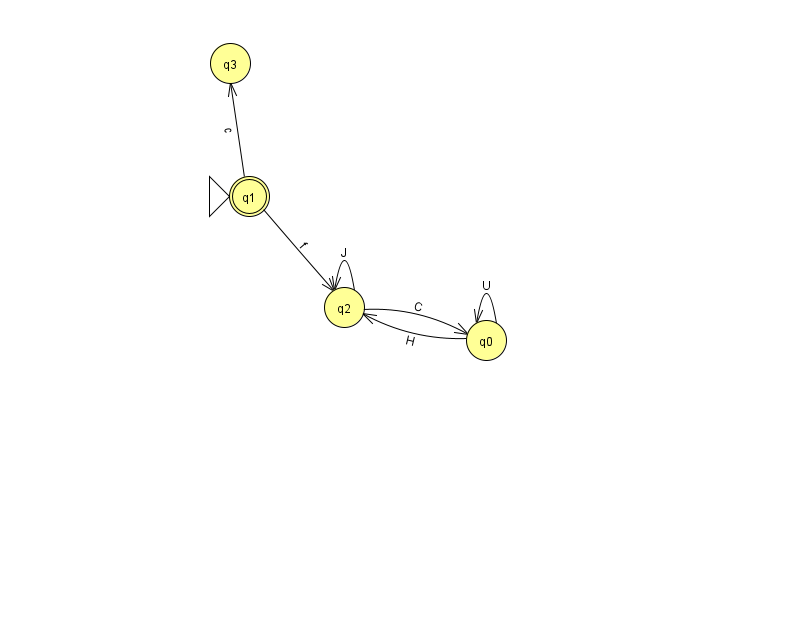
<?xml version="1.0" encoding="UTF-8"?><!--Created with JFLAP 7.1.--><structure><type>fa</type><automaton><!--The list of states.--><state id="0" name="q0"><x>486.0</x><y>327.0</y></state><state id="1" name="q1"><x>249.0</x><y>183.0</y><initial/><final/></state><state id="2" name="q2"><x>344.0</x><y>294.0</y></state><state id="3" name="q3"><x>230.0</x><y>50.0</y></state><!--The list of transitions.--><transition><from>1</from><to>2</to><read>f</read></transition><transition><from>0</from><to>0</to><read>U</read></transition><transition><from>1</from><to>3</to><read>c</read></transition><transition><from>0</from><to>2</to><read>H</read></transition><transition><from>2</from><to>2</to><read>J</read></transition><transition><from>2</from><to>0</to><read>C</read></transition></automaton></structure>